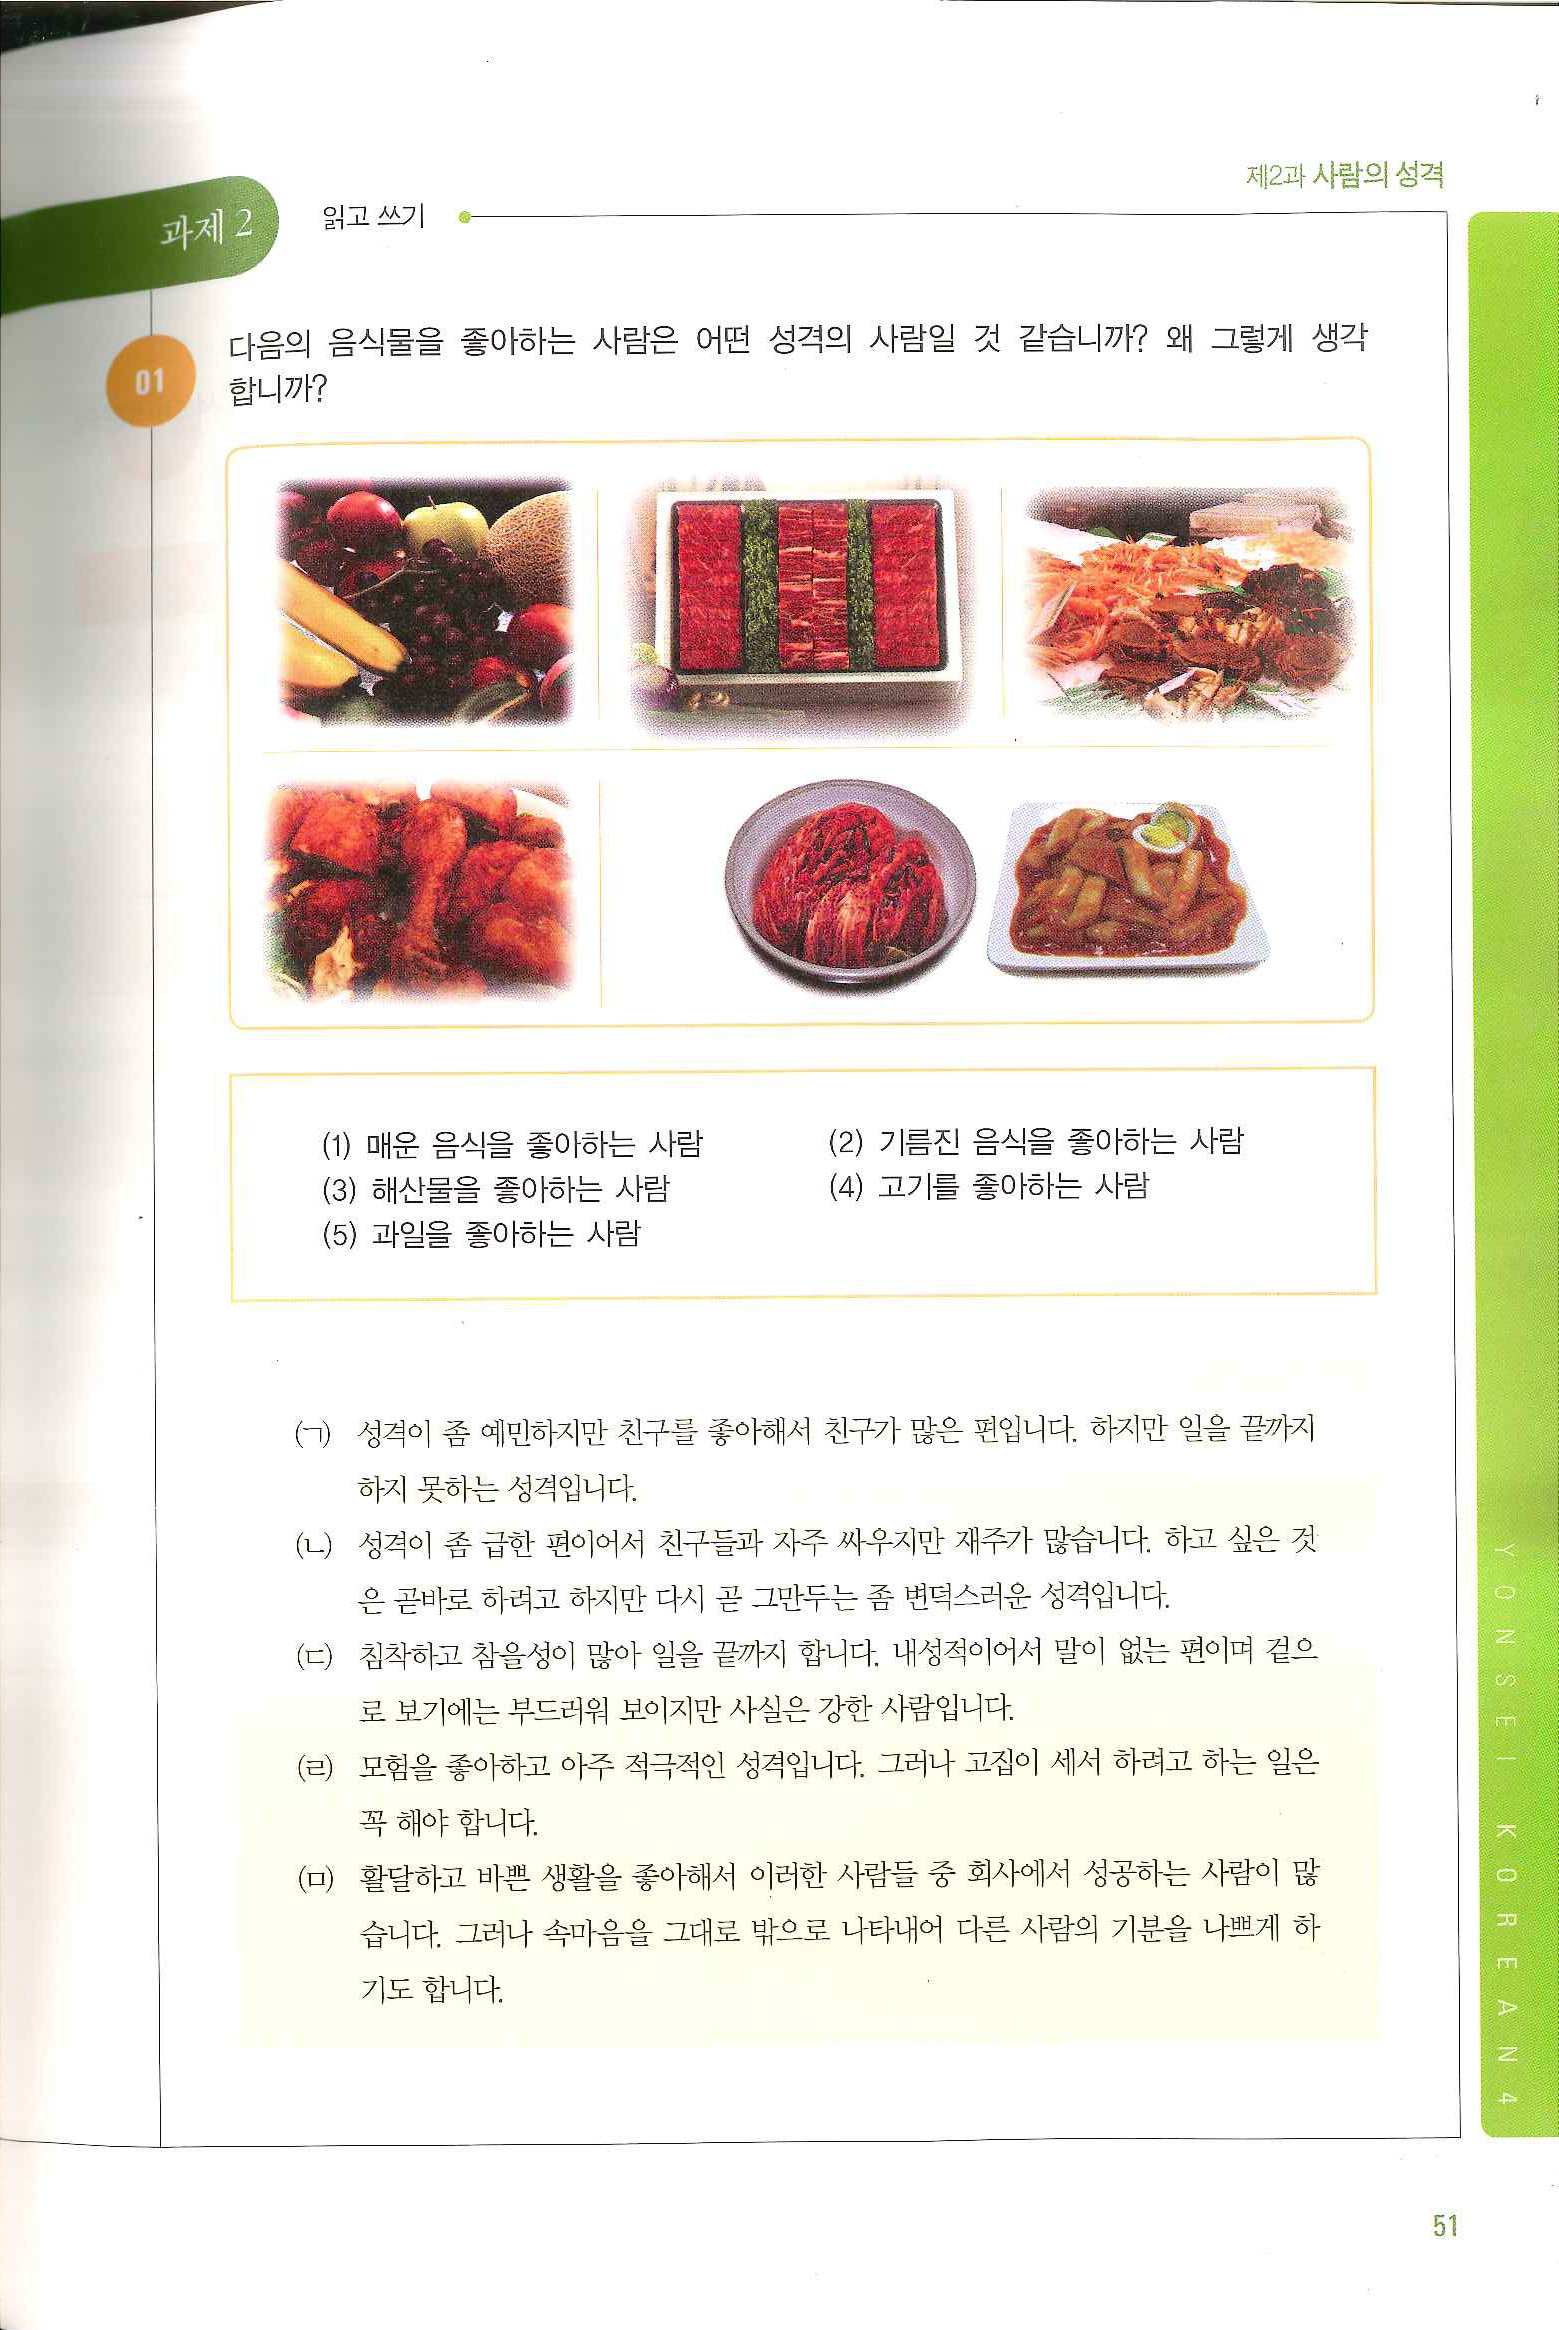
Language: ko